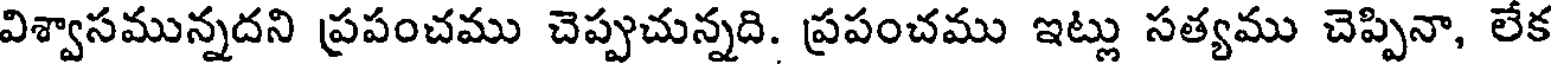
విశ్వాసమున్నదని ప్రపంచము చెప్పుచున్నది. ప్రపంచము ఇట్లు సత్యము చెప్పినా, లేక